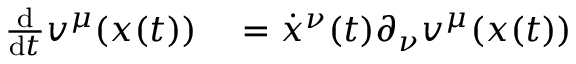
\begin{array} { r l } { \frac { \mathrm { d } } { \mathrm { d } t } v ^ { \mu } ( \boldsymbol { x } ( t ) ) } & { { } = \dot { x } ^ { \nu } ( t ) \partial _ { \nu } v ^ { \mu } ( \boldsymbol { x } ( t ) ) } \end{array}